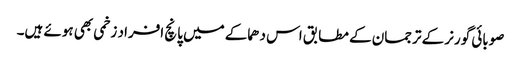
صوبائی گورنر کے ترجمان کے مطابق اس دھماکے میں پانچ افراد زخمی بھی ہوئے ہیں۔